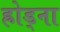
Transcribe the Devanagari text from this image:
ह्रोड्ना